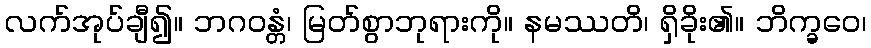
လက်အုပ်ချီ၍။ ဘဂဝန္တံ၊ မြတ်စွာဘုရားကို။ နမဿတိ၊ ရှိခိုး၏။ ဘိက္ခဝေ၊